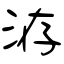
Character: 洊